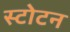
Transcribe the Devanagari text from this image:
स्टोटन